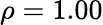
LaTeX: \rho=1.00